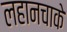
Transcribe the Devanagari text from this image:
लहानचाके